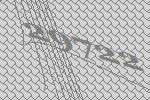
29722